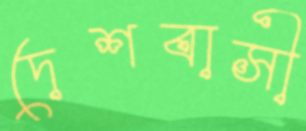
দেশবাসী